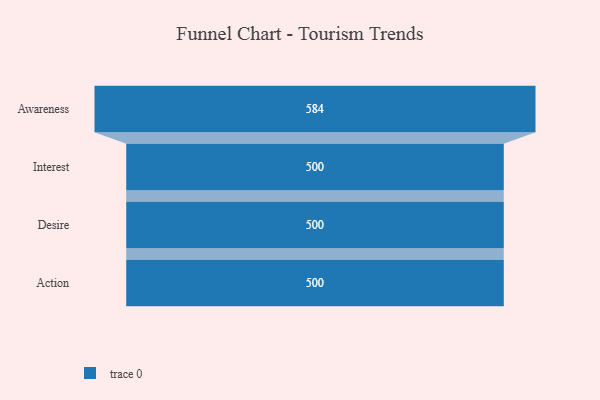
{"axis": {"x": "Stage", "y": "Value"}, "legend": [""], "data": [{"x": "Awareness", "y": 584.0, "type": ""}, {"x": "Interest", "y": 500, "type": ""}, {"x": "Desire", "y": 500, "type": ""}, {"x": "Action", "y": 500, "type": ""}]}